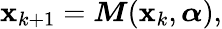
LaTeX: \mathbf{x}_{k+1}=\boldsymbol{M}(\mathbf{x}_{k},\boldsymbol{\alpha}),